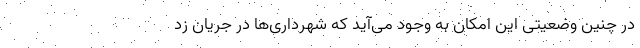
در چنین وضعیتی این امکان به وجود می‌آید که شهرداری‌ها در جریان زد